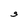
Character: S